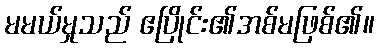
မမယ်မှုသည် ဧပြိုင်း၏အစ်မဖြစ်၏။